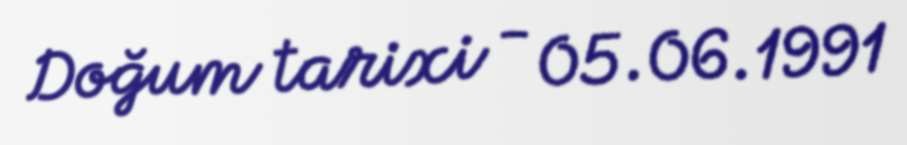
Doğum tarixi - 05.06.1991